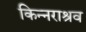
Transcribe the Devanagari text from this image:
किन्नराश्रव